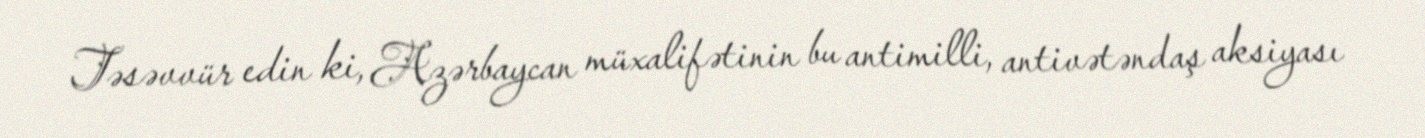
Təsəvvür edin ki, Azərbaycan müxalifətinin bu antimilli, antivətəndaş aksiyası